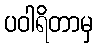
ပဝါရိတာမှ